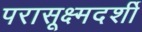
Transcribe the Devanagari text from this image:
परासूक्ष्मदर्शी